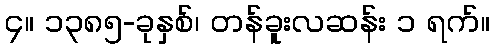
၄။ ၁၃၈၅-ခုနှစ်၊ တန်ခူးလဆန်း ၁ ရက်။